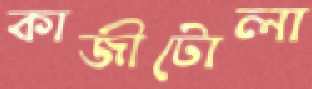
কাজীটোলা